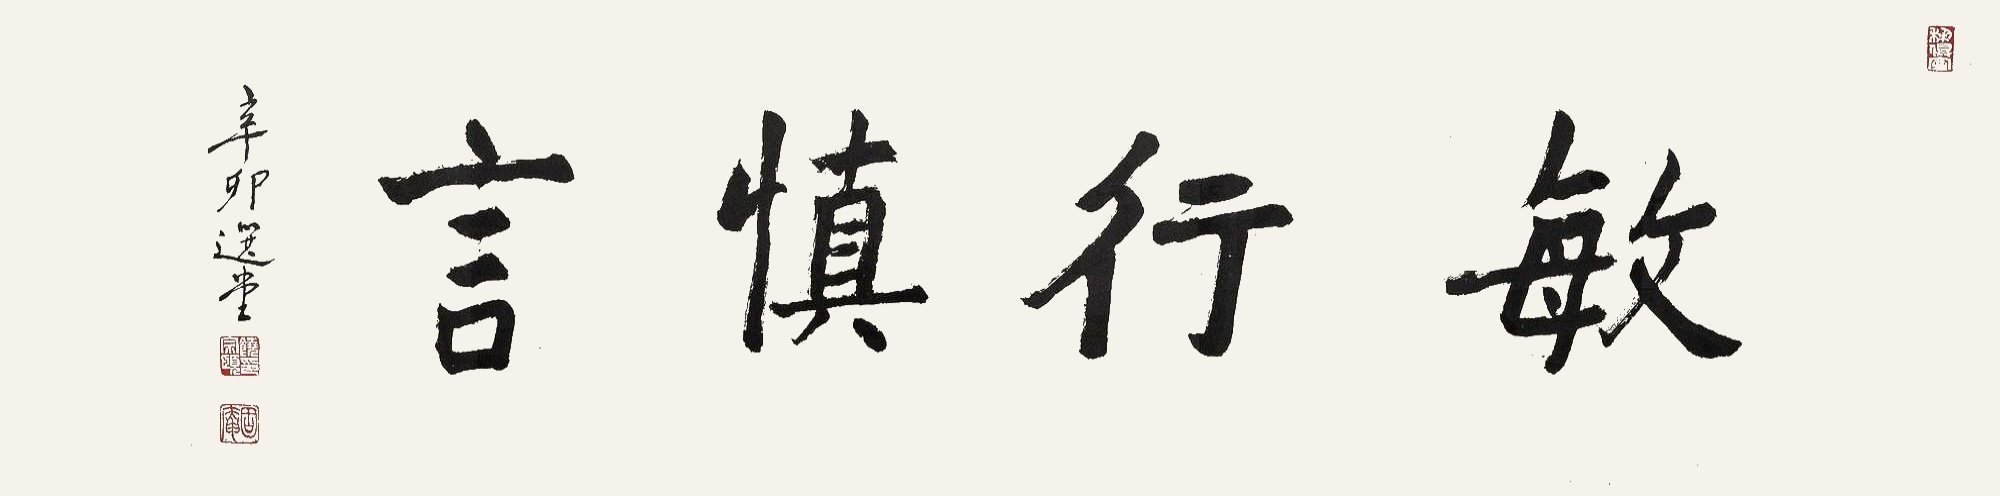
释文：敏行慎言辛卯选堂。